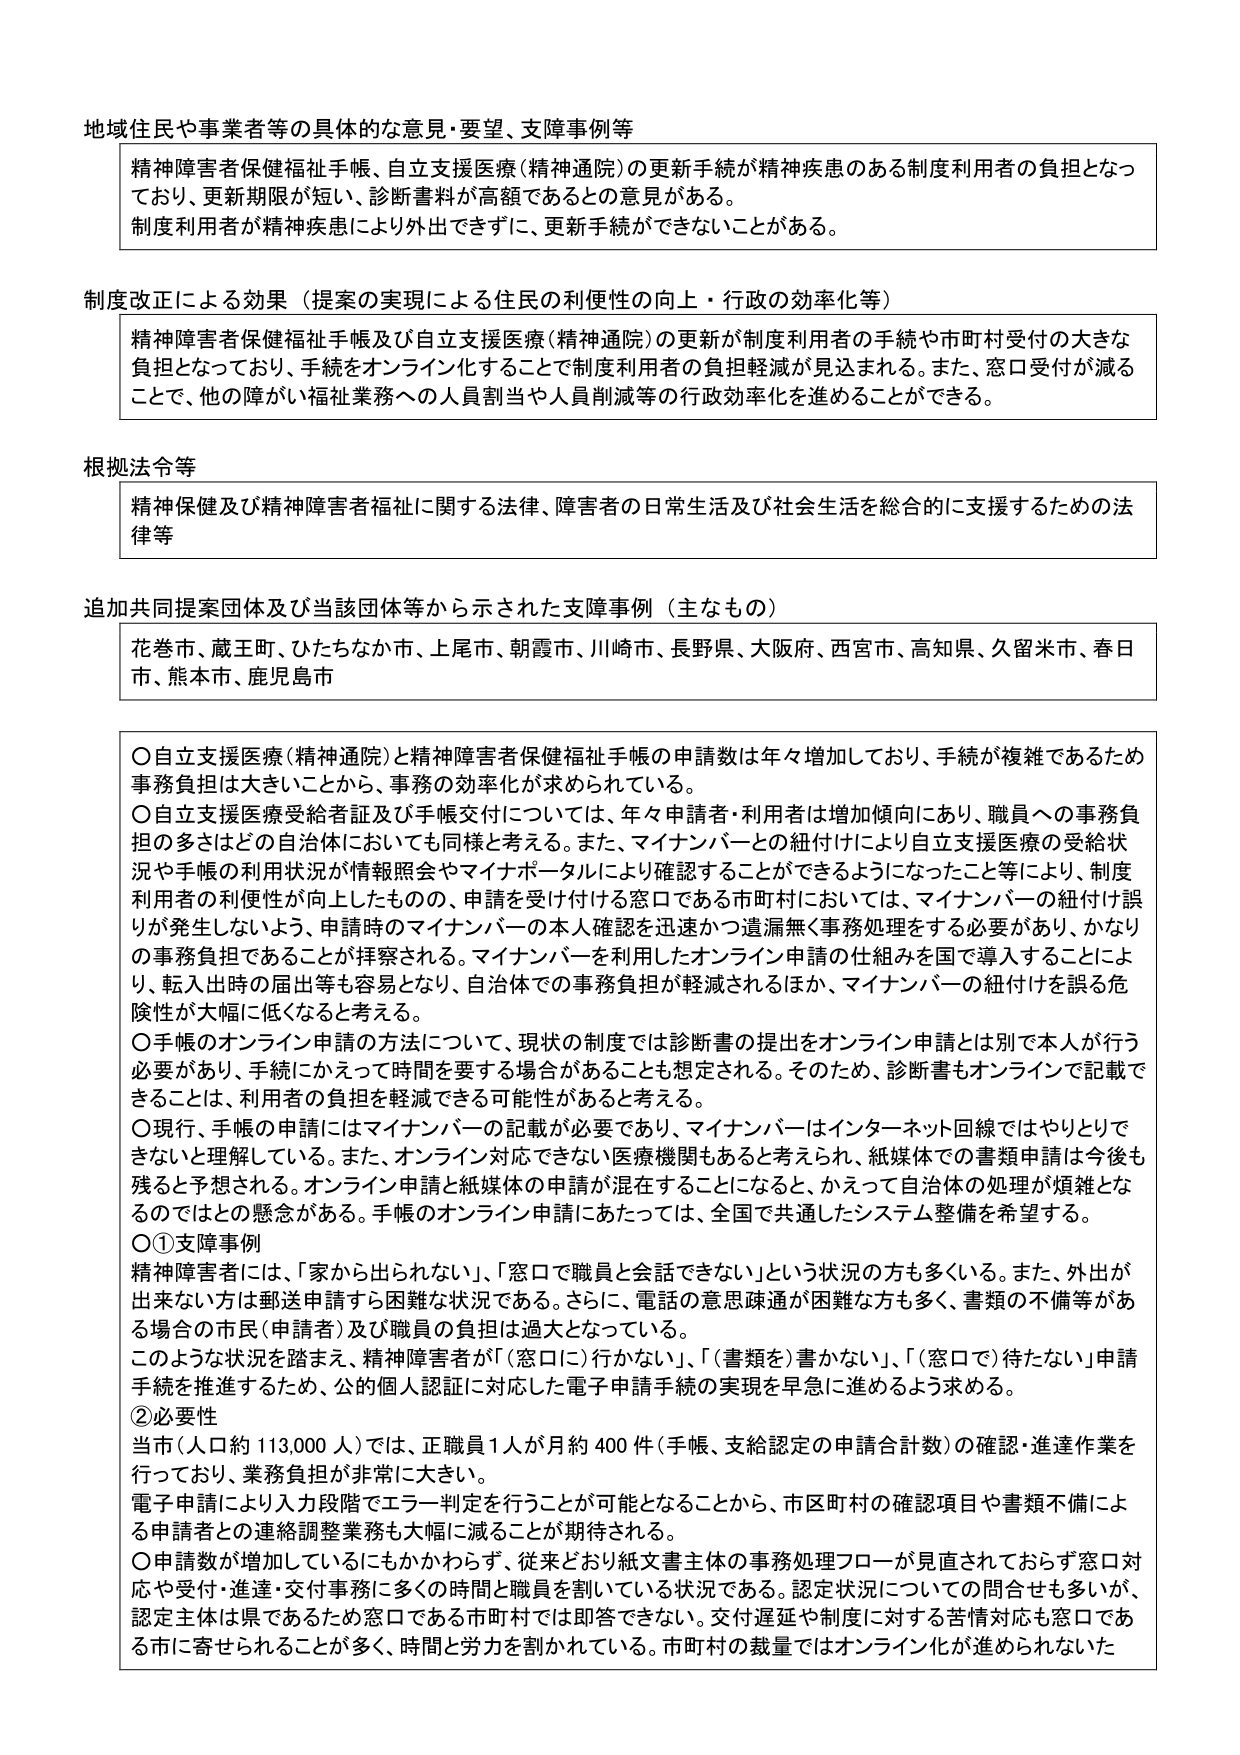
地域住民や事業者等の具体的な意見・要望、支障事例等

精神障害者保健福祉手帳、自立支援医療（精神通院）の更新手続が精神疾患のある制度利用者の負担となっており、更新期限が短い、診断書料が高額であるとの意見がある。
制度利用者が精神疾患により外出できずに、更新手続ができないことがある。

制度改正による効果（提案の実現による住民の利便性の向上・行政の効率化等）

精神障害者保健福祉手帳及び自立支援医療（精神通院）の更新が制度利用者の手続や市町村受付の大きな負担となっており、手続をオンライン化することで制度利用者の負担軽減が見込まれる。また、窓口受付が減ることで、他の障がい福祉業務への人員割当や人員削減等の行政効率化を進めることができる。

根拠法令等

精神保健及び精神障害者福祉に関する法律、障害者の日常生活及び社会生活を総合的に支援するための法律等

追加共同提案団体及び当該団体等から示された支障事例（主なもの）

花巻市、蔵王町、ひたちなか市、上尾市、朝霞市、川崎市、長野県、大阪府、西宮市、高知県、久留米市、春日市、熊本市、鹿児島市

〇自立支援医療（精神通院）と精神障害者保健福祉手帳の申請数は年々増加しており、手続が複雑であるため事務負担は大きいことから、事務の効率化が求められている。
〇自立支援医療受給者証及び手帳交付については、年々申請者・利用者は増加傾向にあり、職員への事務負担の多さはどの自治体においても同様と考える。また、マイナンバーとの紐付けにより自立支援医療の受給状況や手帳の利用状況が情報照会やマイナポータルにより確認することができるようになったこと等により、制度利用者の利便性が向上したものの、申請を受け付ける窓口である市町村においては、マイナンバーの紐付け誤りが発生しないよう、申請時のマイナンバーの本人確認を迅速かつ遺漏無く事務処理をする必要があり、かなりの事務負担であることが推察される。マイナンバーを利用したオンライン申請の仕組みを国で導入することにより、転入出時の届出等も容易となり、自治体での事務負担が軽減されるほか、マイナンバーの紐付けを誤る危険性が大幅に低くなると考える。
〇手帳のオンライン申請の方法について、現状の制度では診断書の提出をオンライン申請とは別で本人が行う必要があり、手続にかえって時間を要する場合があることも想定される。そのため、診断書もオンラインで記載できることは、利用者の負担を軽減できる可能性があると考える。
〇現行、手帳の申請にはマイナンバーの記載が必要であり、マイナンバーはインターネット回線ではやりとりできないと理解している。また、オンライン対応できない医療機関もあると考えられ、紙媒体での書類申請は今後も残ると予想される。オンライン申請と紙媒体の申請が混在することになると、かえって自治体の処理が煩雑となるのではないかとの懸念がある。手帳のオンライン申請にあたっては、全国で共通したシステム整備を希望する。
〇①支障事例
精神障害者には、「家から出られない」、「窓口で職員と会話できない」という状況の方も多くいる。また、外出が出来ない方は郵送申請すら困難な状況である。さらに、電話の意思疎通が困難な方も多く、書類の不備等がある場合の市民（申請者）及び職員の負担は過大となっている。
このような状況を踏まえ、精神障害者が「（窓口に）行かない」、「（書類を）書かない」、「（窓口で）待たない」申請手続を推進するため、公的個人認証に対応した電子申請手続の実現を早急に進めるよう求める。
②必要性
当市（人口約113,000人）では、正職員1人が月約400件（手帳、支給認定の申請合計数）の確認・進達作業を行っており、業務負担が非常に大きい。
電子申請により入力段階でエラー判定を行うことが可能となることから、市区町村の確認項目や書類不備による申請者との連絡調整業務も大幅に減ることが期待される。
〇申請数が増加しているにもかかわらず、従来どおり紙文書主体の事務処理フローが見直されておらず窓口対応や受付・進達・交付事務に多くの時間と職員を割いている状況である。認定状況についての問合せも多いが、認定主体は県であるため窓口である市町村では即答できない。交付遅延や制度に対する苦情対応も窓口である市に寄せられることが多く、時間と労力を割かれている。市町村の裁量ではオンライン化が進められない